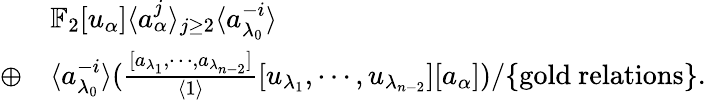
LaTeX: \begin{array}{rl}&{\mathbb{F}_{2}[u_{\alpha}]\langle a_{\alpha}^{j}\rangle_{j\geq 2}\langle a_{\lambda_{0}}^{-i}\rangle}\\ {\oplus}&{\langle a_{\lambda_{0}}^{-i}\rangle(\frac{[a_{\lambda_{1}},\cdots,a_{\lambda_{n-2}}]}{\langle 1\rangle}[u_{\lambda_{1}},\cdots,u_{\lambda_{n-2}}][a_{\alpha}])/\{ \mathrm{gold~relations}\} .}\end{array}